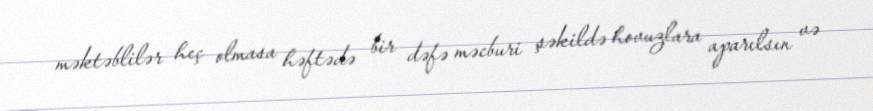
məktəblilər heç olmasa həftədə bir dəfə məcburi şəkildə hovuzlara aparılsın və